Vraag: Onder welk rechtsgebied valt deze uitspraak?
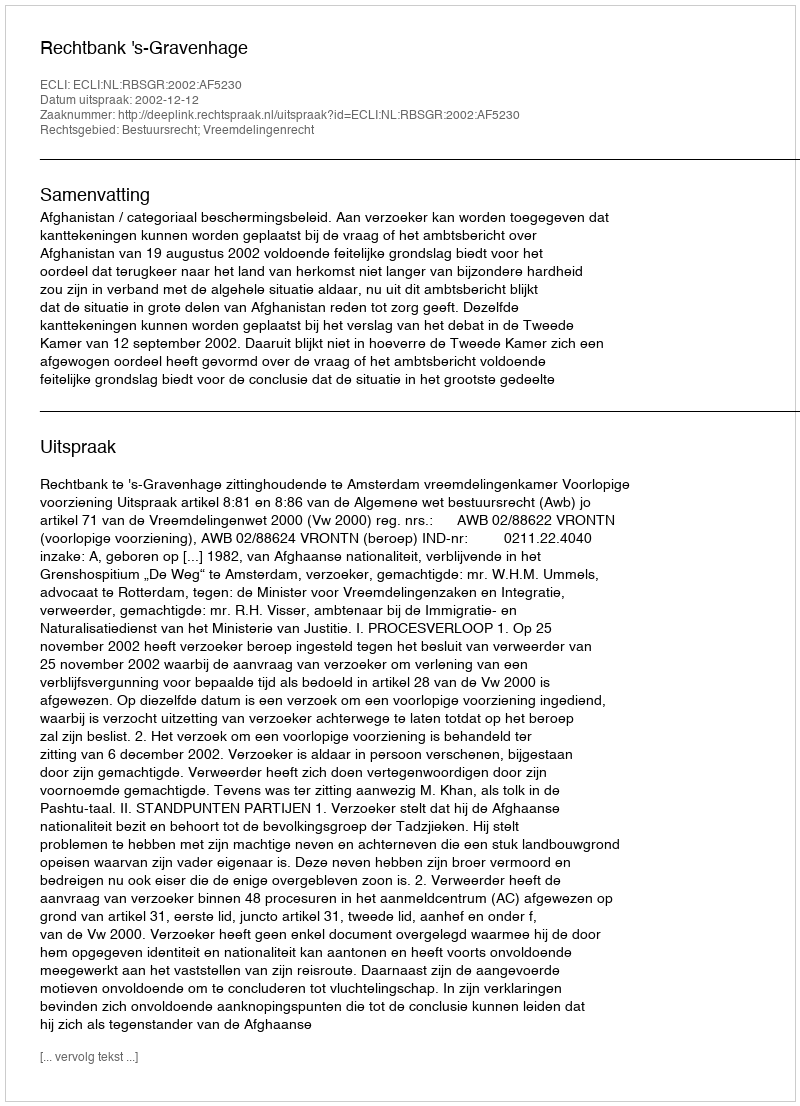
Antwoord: Bestuursrecht; Vreemdelingenrecht